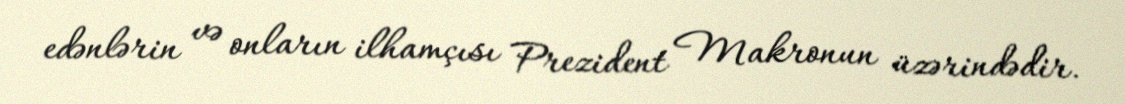
edənlərin və onların ilhamçısı Prezident Makronun üzərindədir.